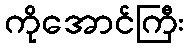
ကိုအောင်ကြီး